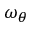
\omega _ { \theta }